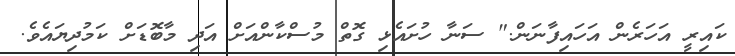
ކައިރީ އަހަރެން އަހައިފާނަން." ސަނާ ހުށައެޅި ގޮތް މުސްކާންއަށް އަދި މާބޮޑަށް ކަމުދިޔައެވެ.